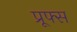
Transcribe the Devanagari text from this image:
प्रूफ्स